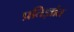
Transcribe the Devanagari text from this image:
प्रतिज्ञांत